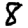
Digit: 8